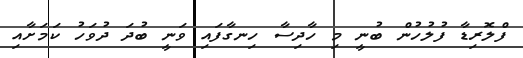
ފްލޮރިޑާ ފުލުހުން ބުނީ މި ހާދިސާ ހިނގާފައި ވަނީ ބުދަ ދުވަހު ކަމަށާއި